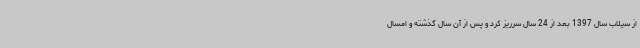
از سیلاب سال 1397 بعد از 24 سال سرریز کرد و پس از آن سال گذشته و امسال